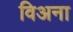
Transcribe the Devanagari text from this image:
विअना